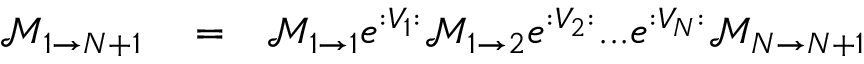
\begin{array} { r l r } { \mathcal { M } _ { 1 \rightarrow N + 1 } } & { { } = } & { \mathcal { M } _ { 1 \rightarrow 1 } e ^ { : V _ { 1 } : } \mathcal { M } _ { 1 \rightarrow 2 } e ^ { : V _ { 2 } : } . . . e ^ { : V _ { N } : } \mathcal { M } _ { N \rightarrow N + 1 } } \end{array}